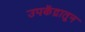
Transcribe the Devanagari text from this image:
उपकेंद्रातून